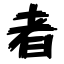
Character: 者